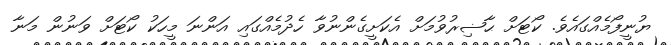
ޔުނީފޯމެއްގައެވެ. ކޯޓަށް ޙާޟިރުވުމަށް އެކަށީގެންނުވާ ހެދުމެއްގައި އަންނަ މީހަކު ކޯޓަށް ވަނުން މަނާ